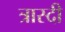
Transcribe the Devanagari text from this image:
त्रास्दी